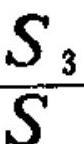
$\frac{S_{3}}{S}$